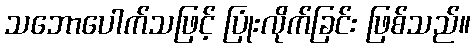
သဘောပေါက်သဖြင့် ပြုံးလိုက်ခြင်း ဖြစ်သည်။